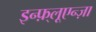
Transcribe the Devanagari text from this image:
इन्फ़्लूएन्ज़ा